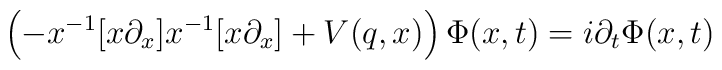
\left(-x^{-1}[x\partial_{x}]x^{-1}[x\partial_{x}]+V(q,x)\right)\Phi(x,t)=i\partial_{t}\Phi(x,t)